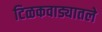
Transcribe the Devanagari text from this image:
टिळकवाड्यातले